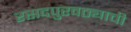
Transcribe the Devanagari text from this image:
रसदपुरवठ्याची